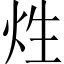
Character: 𤇣